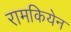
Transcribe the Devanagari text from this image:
रामकियेन